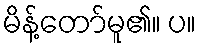
မိန့်တော်မူ၏။ ပ။